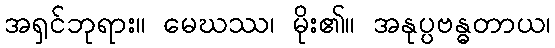
အရှင်ဘုရား။ မေဃဿ၊ မိုး၏။ အနုပ္ပဗန္ဓတာယ၊